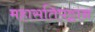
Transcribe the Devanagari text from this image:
महासतिपठ्ठान